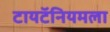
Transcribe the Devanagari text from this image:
टायटॅनियमला